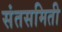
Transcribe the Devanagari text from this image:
संतसमिती